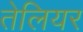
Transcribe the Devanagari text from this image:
तेलियर